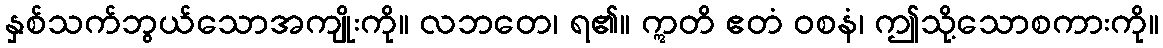
နှစ်သက်ဘွယ်သောအကျိုးကို။ လဘတေ၊ ရ၏။ ဣတိ ဧတံ ဝစနံ၊ ဤသို့သောစကားကို။